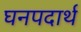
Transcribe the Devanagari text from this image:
घनपदार्थ